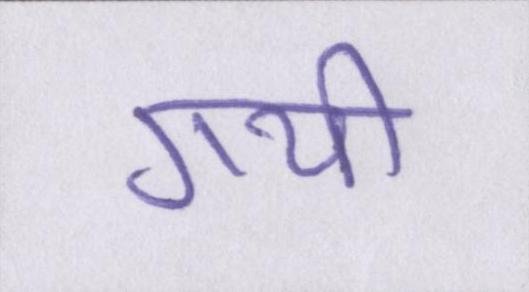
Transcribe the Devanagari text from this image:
गयीँ